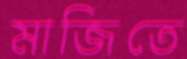
মাজিতে